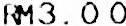
RM3.00